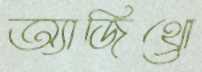
অ্যাজিথ্রো